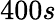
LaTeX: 400s